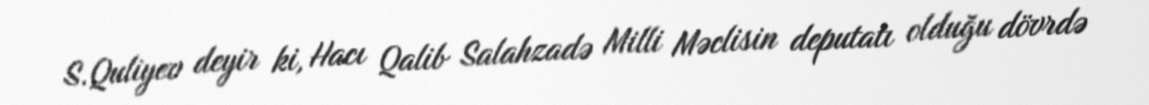
S.Quliyev deyir ki, Hacı Qalib Salahzadə Milli Məclisin deputatı olduğu dövrdə